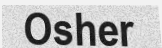
Osher